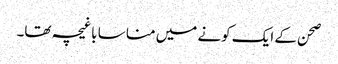
صحن کے ایک کونے میں منا سا باغیچہ تھا۔